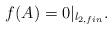
LaTeX: \begin{align*}f(A) = 0|_{l_{2,fin}}.\end{align*}